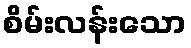
စိမ်းလန်းသော